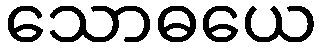
သောဓယေ